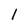
Character: 1